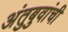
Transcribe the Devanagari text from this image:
अंतुबुवांची